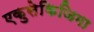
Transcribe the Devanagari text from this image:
एकुसेकिजिमा